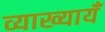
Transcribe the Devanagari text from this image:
व्याख्यायँ